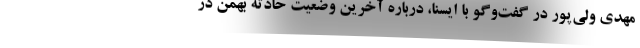
مهدی ولی‌پور در گفت‌وگو با ایسنا، درباره آخرین وضعیت حادثه بهمن در